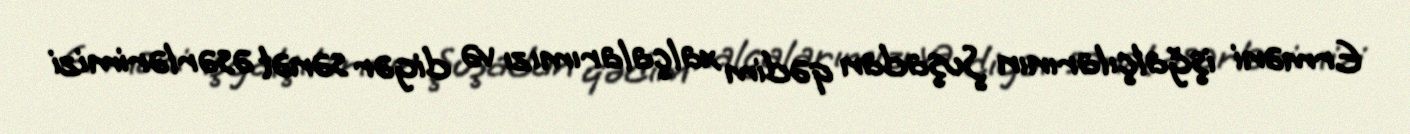
Erməni işğalçılarının Şuşadan qədim xalçalarımızı və digər sənət əsərlərimizi